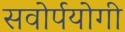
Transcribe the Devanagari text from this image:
सवोर्पयोगी